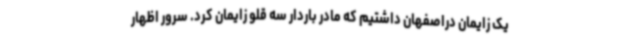
یک زایمان دراصفهان داشتیم که مادر باردار سه قلو زایمان کرد. سرور اظهار